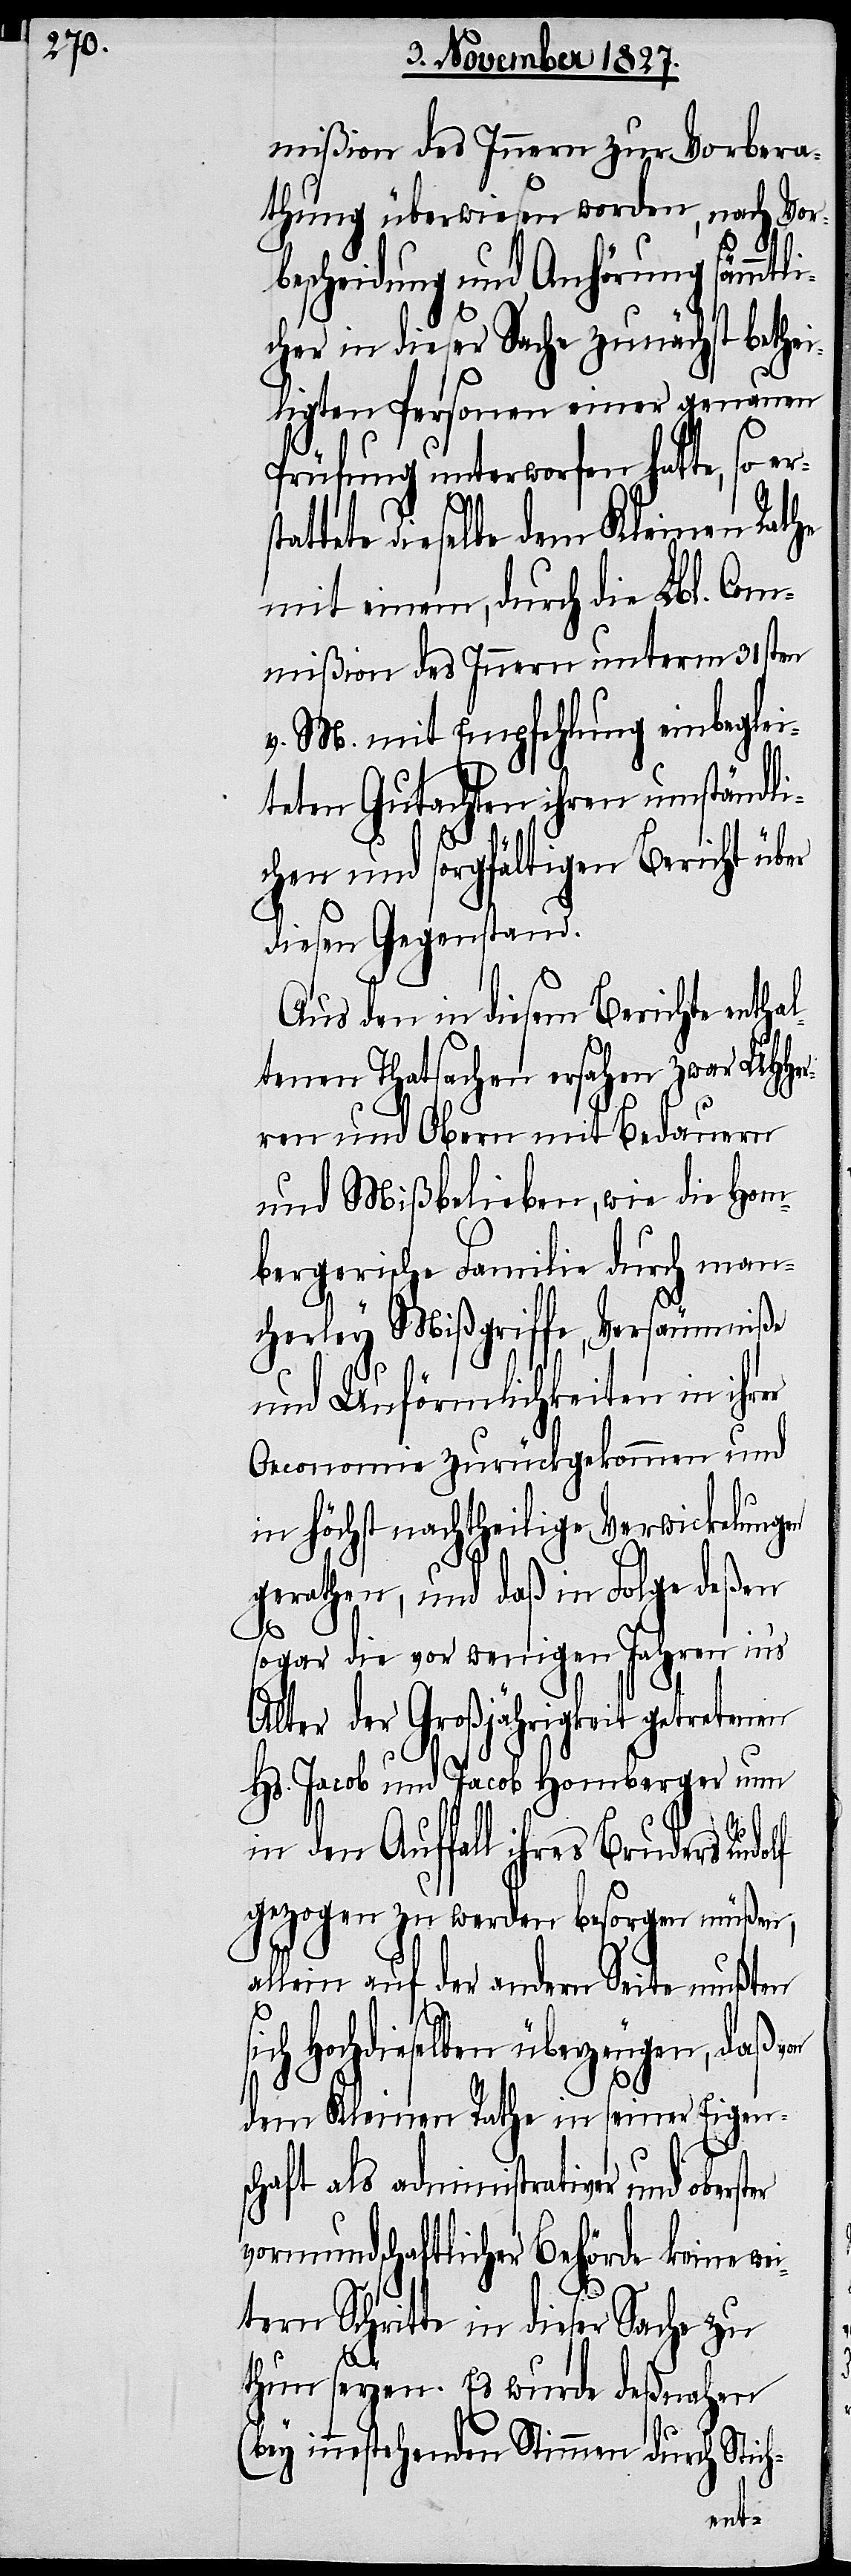
mißion des Innern zur Vorbera¬
thung überwiesen worden, nach Vor¬
bescheidung und Anhörung sämmtli¬
cher in dieser Sache zunächst bethei¬
ligten Personen einer genauen
Prüfung unterworfen hatte, so e¬
tete dieselbe dem Kleinen Rathe
mit einem, durch die Lbl. Com¬
mißion des Innern unterm 31sten
v. M. mit Empfehlung einbeglei¬
teten Gutachten ihren umständli¬
chen und sorgfältigen Bericht über
diesen Gegenstand.
Aus den in diesem Berichte entha¬
ltenen Thatsachen ersahen zwar UHHer¬
ren und Obern mit Bedauern
und Mißlieben, wie die Hom¬
bergerische Familie durch man¬
cherley Mißgriffe, Versäumniße
und Unförmlichkeiten in ihr¬
Oeconomie zurückgekommen und
in höchst nachtheilige Verwickelungen
gerathen, und daß in Folge deßen
sogar die vor wenigen Jahren in’s
Alter der Großjährigkeit getretenen
Hs. Jacob und Jacob Homberger nun
in den Auffall ihres Bruders Rudolf
gezogen zu werden besorgen müßen,
allein auf der andern Seite mußten
Hochdieselben überzeugen, daß
dem Kleinen Rathe in seiner Eigens¬
chaft als administrativer und ober¬
vormundschaftlicher Behörde keine
tern Schritte in dieser Sache zu
thun seyen. Es wurde deßnahen
(bey innestehenden Stimmen durch Stich-
wei¬